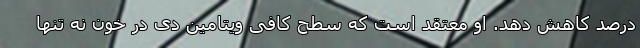
درصد کاهش دهد. او معتقد است که سطح کافی ویتامین دی در خون نه تنها